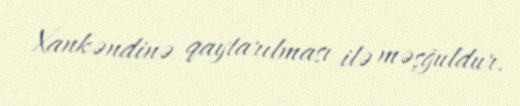
Xankəndinə qaytarılması ilə məşğuldur.